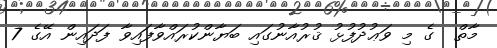
މާތް  ގެ މި ވަޢުދުފުޅު ޤުރުއާނުގައި ބަޔާންކުރައްވާފައިވާ ފަދައިން އޭގެ 7